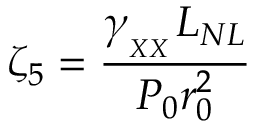
\zeta _ { 5 } = \frac { \gamma _ { _ { _ { X X } } } L _ { N L } } { P _ { 0 } r _ { 0 } ^ { 2 } }